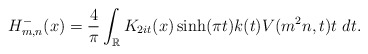
\begin{align*}H_{m,n}^-(x) = \frac{4}{\pi} \int_\mathbb{R} K_{2it} (x) \sinh(\pi t) k(t) V(m^2 n, t)t ~ dt.\end{align*}